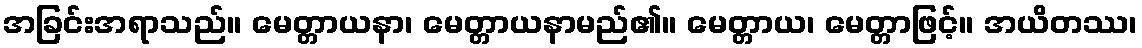
အခြင်းအရာသည်။ မေတ္တာယနာ၊ မေတ္တာယနာမည်၏။ မေတ္တာယ၊ မေတ္တာဖြင့်။ အယိတဿ၊